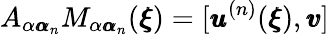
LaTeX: A_{\alpha{\pmb\alpha}_{n}}M_{\alpha{\pmb\alpha}_{n}}({\pmb\xi})=[{\pmb u}^{(n)}({\pmb\xi}),{\pmb v}]